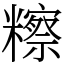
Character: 𥽕